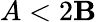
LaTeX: A<2\mathbf{B}